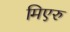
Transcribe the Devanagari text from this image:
मिएरु